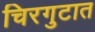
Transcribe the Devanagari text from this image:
चिरगुटात